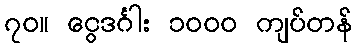
၇၀။ ငွေဒင်္ဂါး ၁၀၀၀ ကျပ်တန်